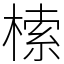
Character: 㮦